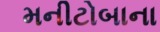
મનીટોબાના